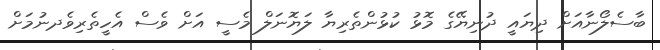
ބާސެލޯނާއަށް ދިޔައީ ދުނިޔޭގެ މޮޅު ކުޅުންތެރިޔާ ލަޔޮނަލް މެސީ އަށް ވެސް އެހީތެރިވެދނުމަށް